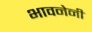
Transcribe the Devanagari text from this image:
भावनेनी